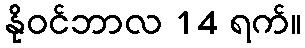
နိုဝင်ဘာလ 14 ရက်။